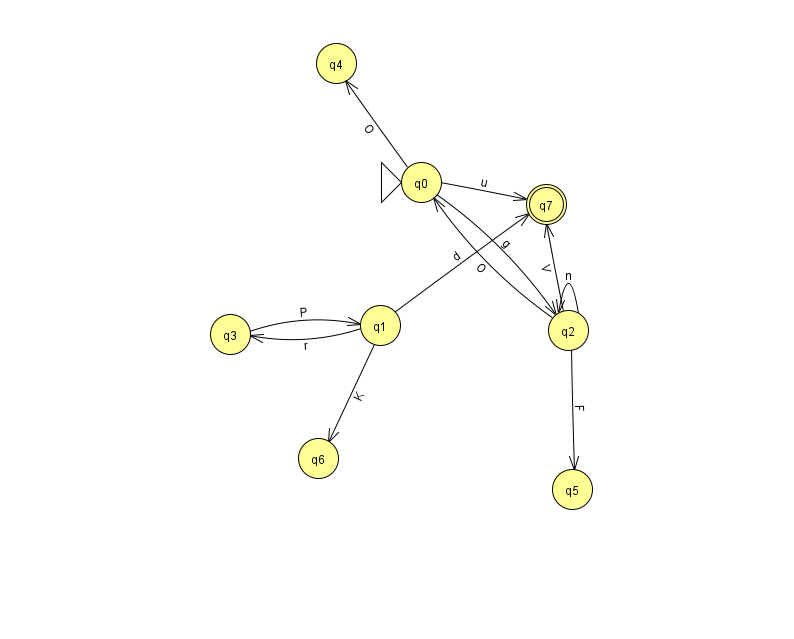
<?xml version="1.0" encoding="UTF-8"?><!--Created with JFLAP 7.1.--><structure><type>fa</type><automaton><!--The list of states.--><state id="0" name="q0"><x>421.0</x><y>169.0</y><initial/></state><state id="1" name="q1"><x>380.0</x><y>312.0</y></state><state id="2" name="q2"><x>568.0</x><y>317.0</y></state><state id="3" name="q3"><x>230.0</x><y>321.0</y></state><state id="4" name="q4"><x>336.0</x><y>50.0</y></state><state id="5" name="q5"><x>572.0</x><y>476.0</y></state><state id="6" name="q6"><x>318.0</x><y>445.0</y></state><state id="7" name="q7"><x>546.0</x><y>191.0</y><final/></state><!--The list of transitions.--><transition><from>1</from><to>6</to><read>K</read></transition><transition><from>2</from><to>5</to><read>F</read></transition><transition><from>0</from><to>4</to><read>O</read></transition><transition><from>0</from><to>7</to><read>u</read></transition><transition><from>2</from><to>0</to><read>O</read></transition><transition><from>1</from><to>3</to><read>r</read></transition><transition><from>1</from><to>7</to><read>d</read></transition><transition><from>3</from><to>1</to><read>P</read></transition><transition><from>0</from><to>2</to><read>g</read></transition><transition><from>2</from><to>7</to><read>V</read></transition><transition><from>2</from><to>2</to><read>n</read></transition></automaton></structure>